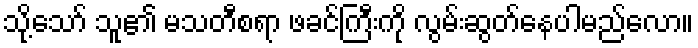
သို့သော် သူ၏ မသတီစရာ ဖခင်ကြီးကို လွမ်းဆွတ်နေပါမည်လော။